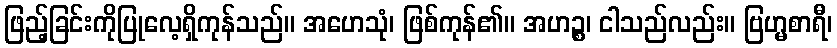
ဖြည့်ခြင်းကိုပြုလေ့ရှိကုန်သည်။ အဟေသုံ၊ ဖြစ်ကုန်၏။ အဟဉ္စ၊ ငါသည်လည်း။ ဗြဟ္မစာရီ၊